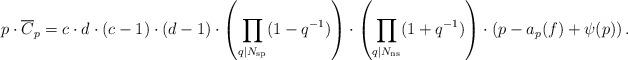
LaTeX: \begin{align*}p \cdot \overline{C}_p = c \cdot d \cdot (c - 1) \cdot (d - 1) \cdot \left( \prod_{q \mid N_{\mathrm{sp}}} ( 1- q^{-1} ) \right) \cdot \left( \prod_{q \mid N_{\mathrm{ns}}} ( 1 + q^{-1} ) \right) \cdot \left( p - a_p(f) + \psi(p) \right) .\end{align*}